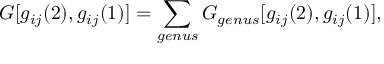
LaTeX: G [ g _ { i j } ( 2 ) , g _ { i j } ( 1 ) ] = \sum _ { g e n u s } G _ { g e n u s } [ g _ { i j } ( 2 ) , g _ { i j } ( 1 ) ] ,